Lunatic asylums Central Provinces reports 1886-1894 - 1886-1894
Year: 1886
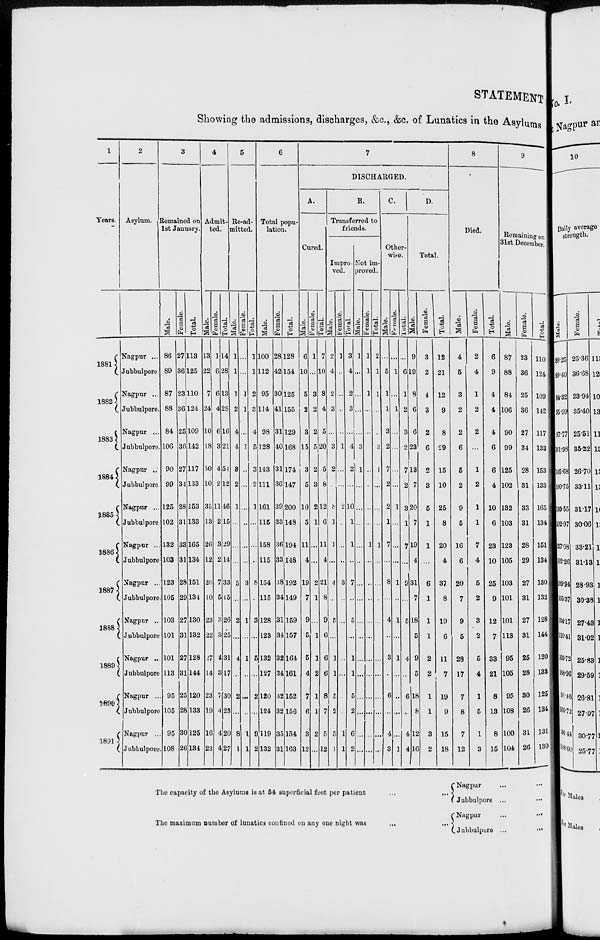
STATEMENT
Showing the admissions, discharges, &c., &c. of Lunatics in the Asylums
1
Years.
1881
1882
1883
1884
1885
1886
1887
1888
1889
1890
1891
2
Asylum.
Nagpur ...
Jubbulpore.
Nagpur ...
Jubbulpore.
Nagpur ...
Jubbulpore.
Nagpur ...
Jubbulpore.
Nagpur ...
Jubbulpore.
Nagpur ...
Jubbulpore
Nagpur ...
Jubbulpore.
Nagpur ...
Jubbulpore
Nagpur ...
Jubbulpore
Nagpur ...
Jubbulpore
Nagpur ...
Jubbulpore.
3
Remained on
1st January.
Male.
86
89
87
88
84
106
90
99
125
102
132
103
123
105
103
101
101
113
95
105
95
108
Female.
27
36
23
36
25
36
27
34
28
31
33
31
28
29
27
31
27
31
25
28
30
26
Total.
113
125
110
124
109
142
117
133
153
133
165
134
151
134
130
132
128
144
120
133
125
134
4
Admit-
ted.
Male.
13
22
7
24
10
18
50
10
35
13
26
12
26
10
23
22
27
14
23
19
16
23
Female.
1
6
6
4
6
3
4
2
11
2
3
2
7
5
3
3
4
3
7
4
4
4
Total.
14
28
13
28
16
21
54
12
46
15
29
14
33
15
26
25
31
17
30
23
20
27
5
Re-ad-
mitted.
Male.
1
1
1
2
4
4
3
2
1
...
...
...
5
...
2
...
4
...
2
...
8
1
Female.
...
...
1
1
...
1
...
...
...
...
...
...
3
...
1
...
1
...
...
...
1
1
Total.
1
1
2
3
4
5
3
2
1
...
...
...
8
...
3
...
5
...
2
...
9
2
6
Total popu-
lation.
Male.
100
112
95
114
98
128
143
111
161
115
158
115
154
115
128
123
132
127
120
124
119
132
Female.
28
42
30
41
31
40
31
36
39
33
36
33
38
34
31
34
32
34
32
32
35
31
Total.
128
154
125
155
129
168
174
147
200
148
194
148
192
149
159
157
164
161
152
156
154
163
7
DISCHARGED.
A.
Cured.
Male.
6
10
5
2
3
15
3
5
10
5
11
4
19
7
9
5
5
4
7
6
3
12
Female.
1
...
3
2
2
5
2
3
2
1
...
...
2
1
...
1
1
2
1
1
2
...
Total.
7
10
8
4
5
20
5
8
12
6
11
4
21
8
9
6
6
6
8
7
5
12
B.
Transferred to
friends.
Impro-
ved.
Male.
2
4
2
3
...
3
2
...
8
1
1
...
4
...
5
...
1
1
5
2
5
1
Female.
1
...
...
...
...
1
...
...
2
...
...
...
3
...
...
...
...
...
...
...
1
1
Total.
3
4
2
3
...
4
2
...
10
1
1
...
7
...
5
...
1
1
5
2
6
2
Not im-
proved.
Male.
1
...
...
...
...
3
1
...
...
...
...
...
...
...
...
...
...
...
...
...
...
...
Female.
1
1
1
...
...
...
...
...
...
...
1
...
...
...
...
...
...
...
...
...
...
...
Total.
2
1
1
...
...
3
1
...
...
...
1
...
...
...
...
...
...
...
...
...
...
...
C.
Other-
wise.
Male.
...
5
1
1
3
2
7
2
2
1
7
...
8
...
4
...
3
...
6
...
4
3
Female.
...
1
...
1
...
...
...
...
1
...
...
...
1
...
1
...
1
...
...
...
...
1
Total.
...
6
1
2
3
2
7
2
3
1
7
...
9
...
5
...
4
...
6
...
4
4
D.
Total.
Male.
9
19
8
6
6
23
13
7
20
7
19
4
31
7
18
5
9
5
18
8
12
16
Female.
3
2
4
3
2
6
2
3
5
1
1
...
6
1
1
1
2
2
1
1
3
2
Total.
12
21
12
9
8
29
15
10
25
8
20
4
37
8
19
6
11
7
19
9
15
18
8
Died.
Male.
4
5
3
2
2
6
5
2
9
5
16
6
20
7
9
5
28
17
7
8
7
12
Female.
2
4
1
2
2
...
1
2
1
1
7
4
5
2
3
2
5
4
1
5
1
3
Total.
6
9
4
4
4
6
6
4
10
6
23
10
25
9
12
7
33
21
8
13
8
15
9
Remaining on
31st December.
Male.
87
88
84
106
90
99
125
102
132
103
123
105
103
101
101
113
95
105
95
108
100
104
Female.
23
36
25
36
27
34
28
31
33
31
28
29
27
31
27
31
25
28
30
26
31
26
Total.
110
124
109
142
117
133
153
133
165
134
151
134
130
132
128
144
120
133
125
134
131
130
The capacity of the Asylums is at 54 superficial feet per patient
...
...
The maximum number of lunatics confined on any one night was ... ...
Nagpur ... ...
Jubbulpore ... ...
Nagpur
...
...
Jubbulpore ...
...